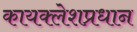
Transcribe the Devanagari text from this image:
कायक्लेशप्रधान